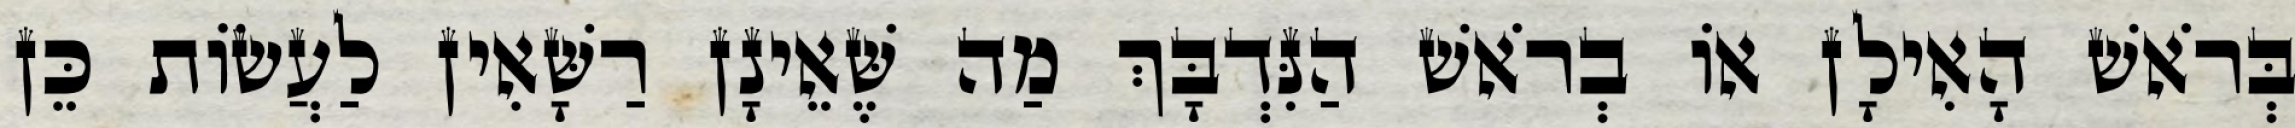
בְּרֹאשׁ הָאִילָן אוֹ בְרֹאשׁ הַנִּדְבָּךְ מַה שֶּׁאֵינָן רַשָּׁאִין לַעֲשׂוֹת כֵּן